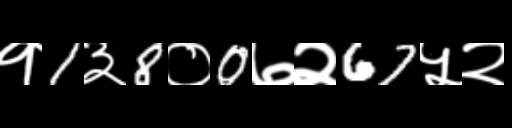
Text: १1३8०0७२67५२